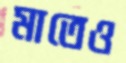
মাতেও